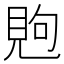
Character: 𰴏